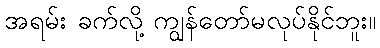
အရမ်း ခက်လို့ ကျွန်တော်မလုပ်နိုင်ဘူး။